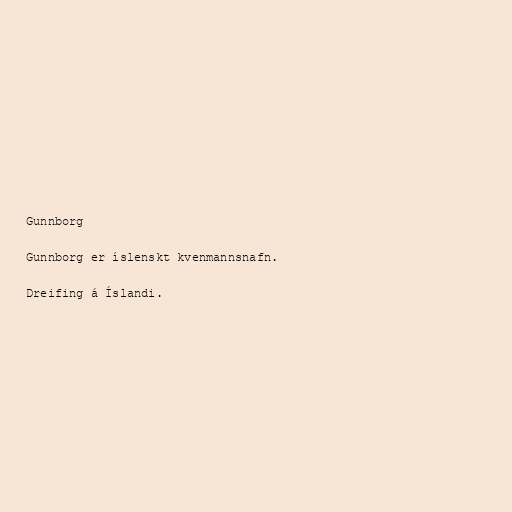
Gunnborg

Gunnborg er íslenskt kvenmannsnafn.

Dreifing á Íslandi.